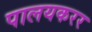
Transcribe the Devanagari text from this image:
पालयकरर